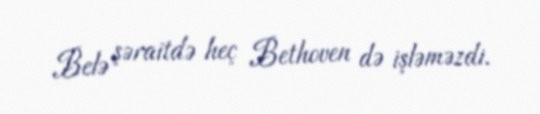
Belə şəraitdə heç Bethoven də işləməzdi.